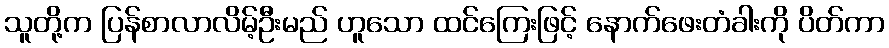
သူတို့က ပြန်စာလာလိမ့်ဦးမည် ဟူသော ထင်ကြေးဖြင့် နောက်ဖေးတံခါးကို ပိတ်ကာ